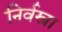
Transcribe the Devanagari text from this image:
निर्वस्त्रा